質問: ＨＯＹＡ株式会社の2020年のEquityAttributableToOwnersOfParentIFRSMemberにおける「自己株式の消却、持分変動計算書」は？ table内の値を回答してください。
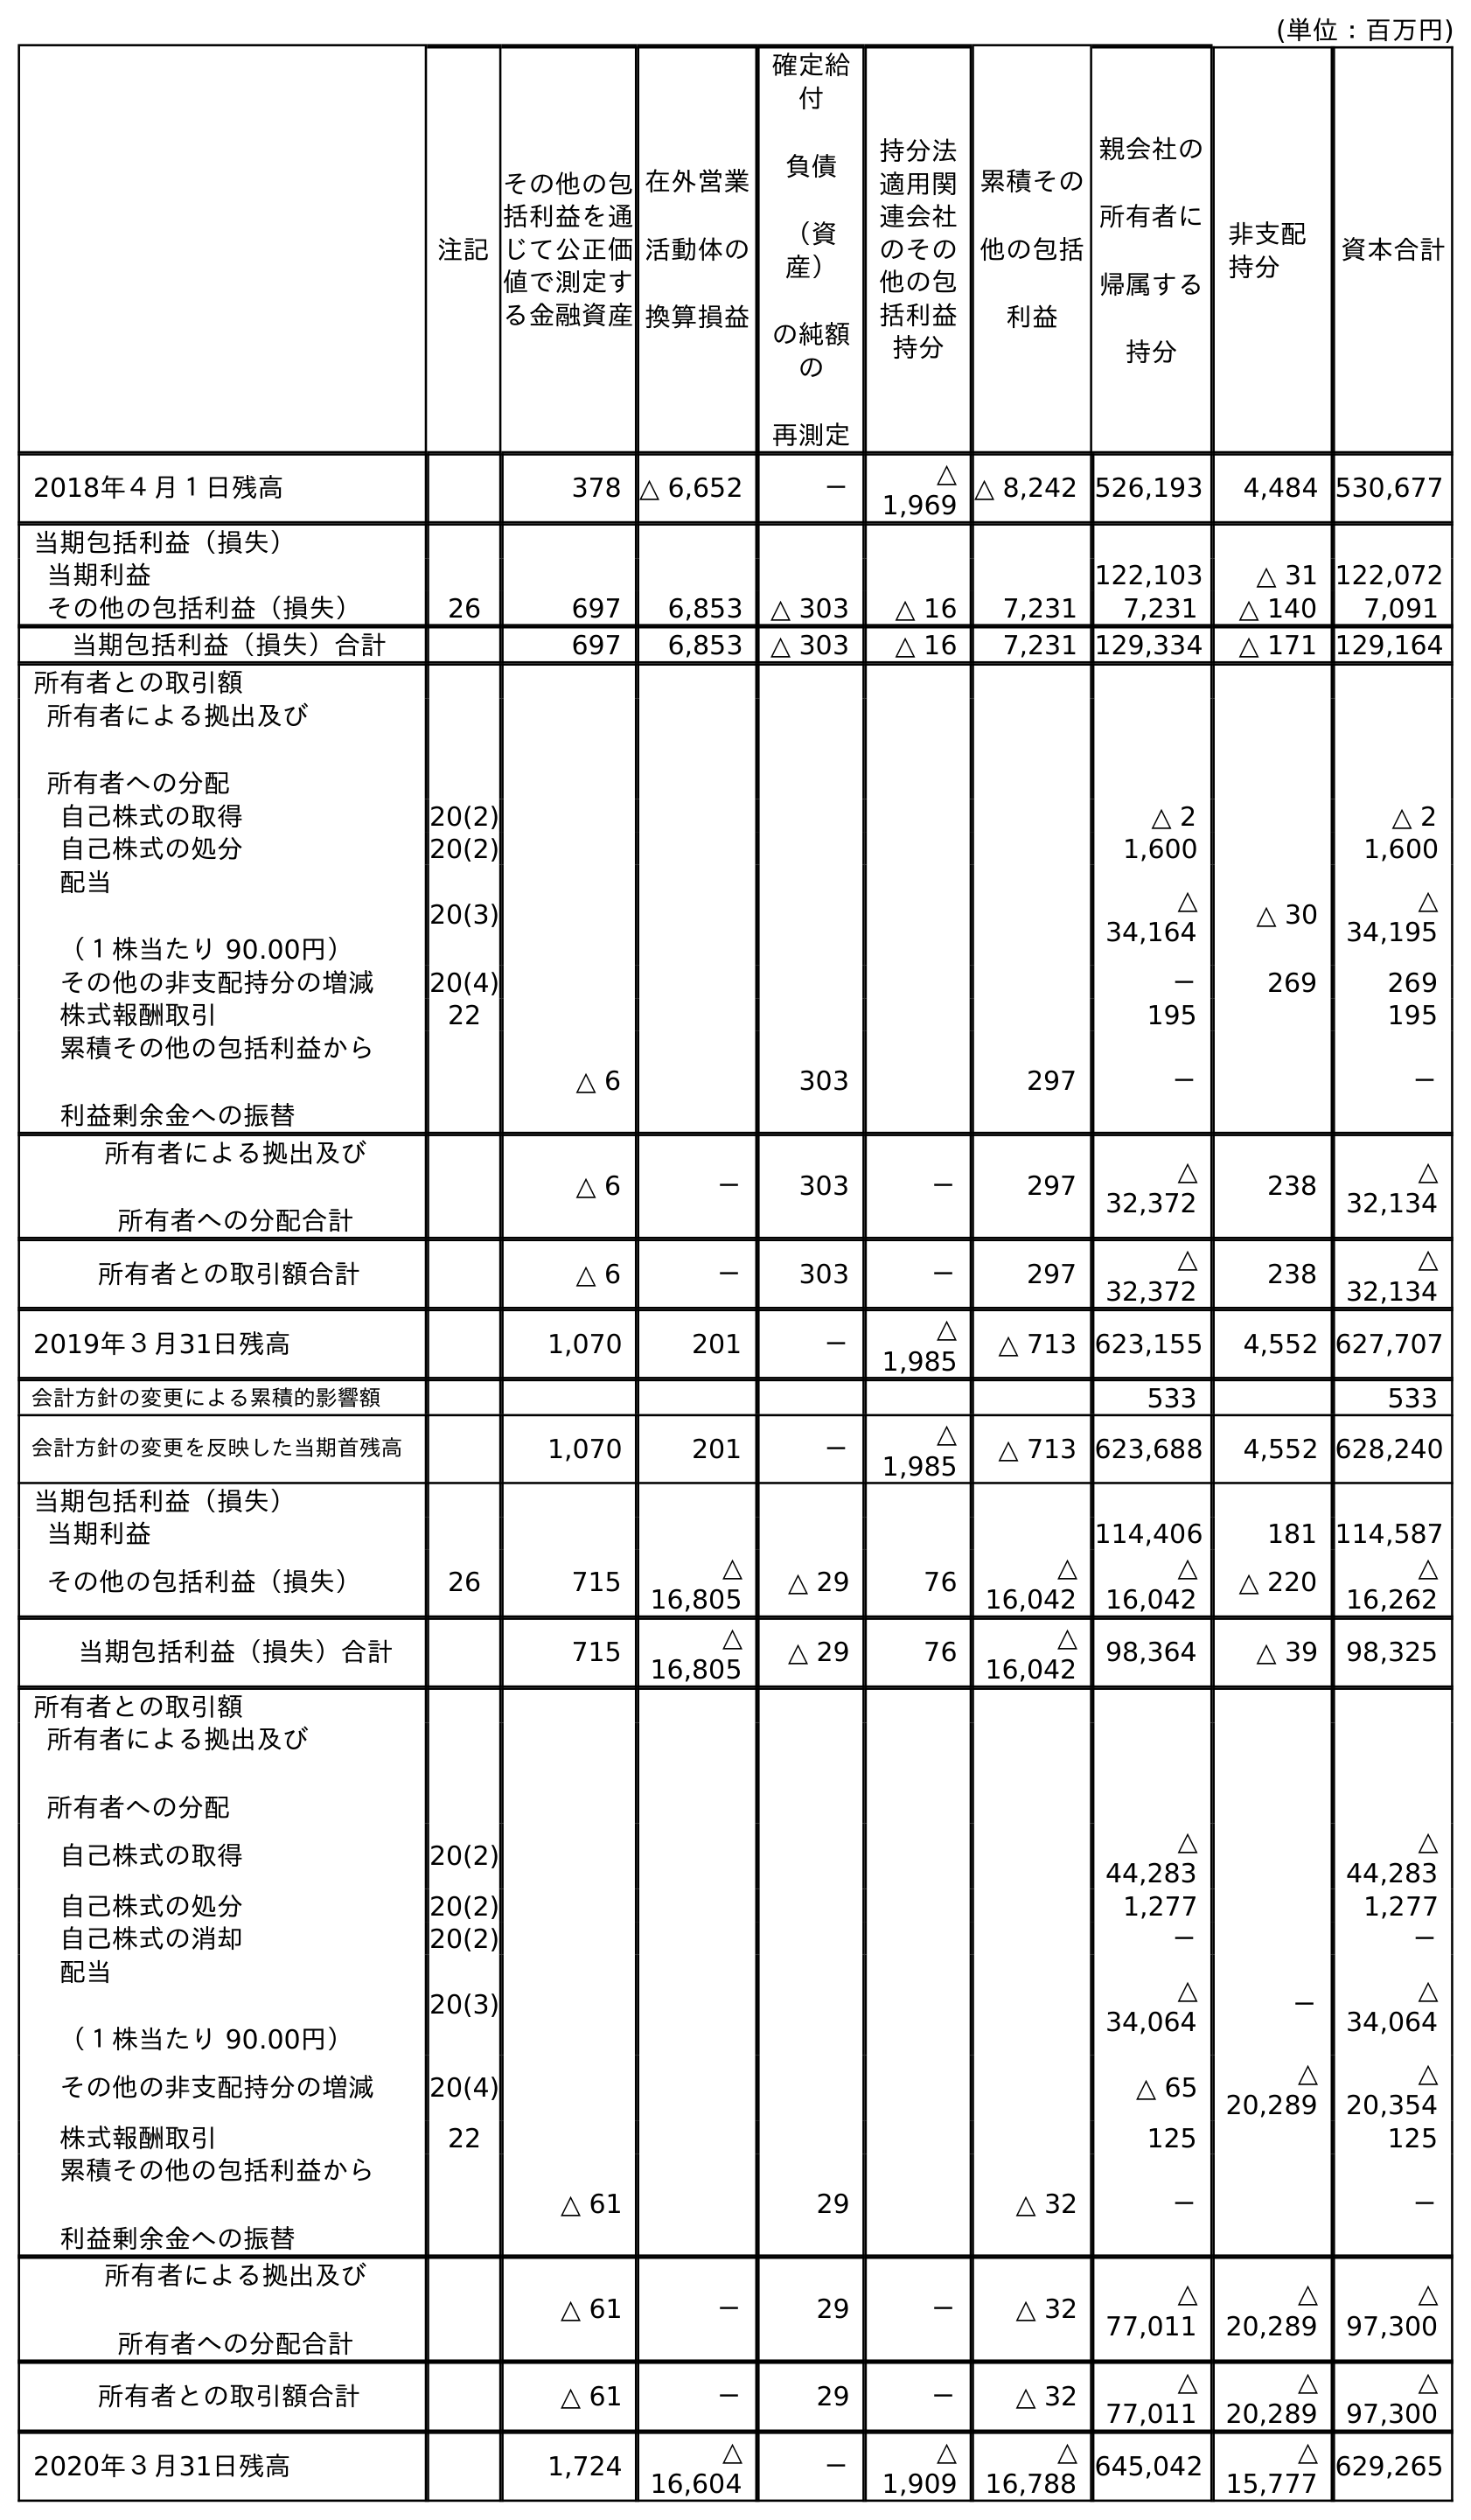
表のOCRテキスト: (単位：百万円) 注記 親会社の 所有者に 帰属する 持分 非支配 持分 資本合計 その他の包 括利益を通 じて公正価 値で測定す る金融資産 在外営業 活動体の 換算損益 確定給 付 負債 （資 産） の純額 の 再測定 持分法 適用関 連会社 のその 他の包 括利益 持分 累積その 他の包括 利益 2018年４月１日残高 378 △ 6,652 － △ 1,969 △ 8,242 526,193 4,484 530,677 当期包括利益（損失） 当期利益 122,103 △ 31 122,072 その他の包括利益（損失） 26 697 6,853 △ 303 △ 16 7,231 7,231 △ 140 7,091 当期包括利益（損失）合計 697 6,853 △ 303 △ 16 7,231 129,334 △ 171 129,164 所有者との取引額 所有者による拠出及び 所有者への分配 自己株式の取得 20(2) △ 2 △ 2 自己株式の処分 20(2) 1,600 1,600 配当 （１株当たり 90.00円） 20(3) △ 34,164 △ 30 △ 34,195 その他の非支配持分の増減 20(4) － 269 269 株式報酬取引 22 195 195 累積その他の包括利益から 利益剰余金への振替 △ 6 303 297 － － 所有者による拠出及び 所有者への分配合計 △ 6 － 303 － 297 △ 32,372 238 △ 32,134 所有者との取引額合計 △ 6 － 303 － 297 △ 32,372 238 △ 32,134 2019年３月31日残高 1,070 201 － △ 1,985 △ 713 623,155 4,552 627,707 会計方針の変更による累積的影響額 533 533 会計方針の変更を反映した当期首残高 1,070 201 － △ 1,985 △ 713 623,688 4,552 628,240 当期包括利益（損失） 当期利益 114,406 181 114,587 その他の包括利益（損失） 26 715 △ 16,805 △ 29 76 △ 16,042 △ 16,042 △ 220 △ 16,262 当期包括利益（損失）合計 715 △ 16,805 △ 29 76 △ 16,042 98,364 △ 39 98,325 所有者との取引額 所有者による拠出及び 所有者への分配 自己株式の取得 20(2) △ 44,283 △ 44,283 自己株式の処分 20(2) 1,277 1,277 自己株式の消却 20(2) － － 配当 （１株当たり 90.00円） 20(3) △ 34,064 － △ 34,064 その他の非支配持分の増減 20(4) △ 65 △ 20,289 △ 20,354 株式報酬取引 22 125 125 累積その他の包括利益から 利益剰余金への振替 △ 61 29 △ 32 － － 所有者による拠出及び 所有者への分配合計 △ 61 － 29 － △ 32 △ 77,011 △ 20,289 △ 97,300 所有者との取引額合計 △ 61 － 29 － △ 32 △ 77,011 △ 20,289 △ 97,300 2020年３月31日残高 1,724 △ 16,604 － △ 1,909 △ 16,788 645,042 △ 15,777 629,265
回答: －